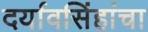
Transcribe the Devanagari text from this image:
दर्यावसिंहांचा